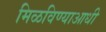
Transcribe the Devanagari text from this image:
मिळविण्याआधी